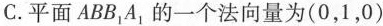
C.平面ABB_{1}A_{1}的一个法向量为(0，1，0)